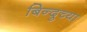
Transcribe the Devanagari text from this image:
बिन्दुच्या